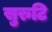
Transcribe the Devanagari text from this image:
सुरुटि